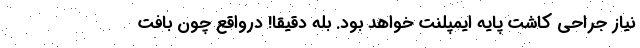
نیاز جراحی کاشت پایه ایمپلنت خواهد بود. بله دقیقا! درواقع چون بافت